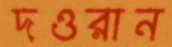
দওরান